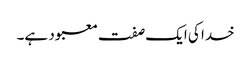
خدا کی ایک صفت معبود ہے۔